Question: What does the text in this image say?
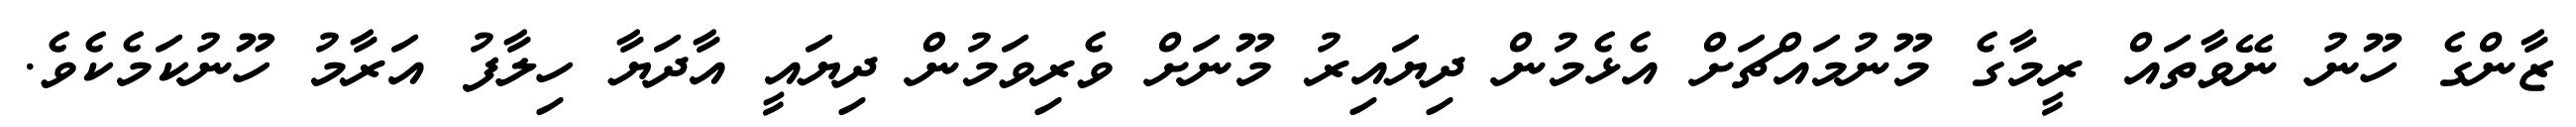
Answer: ޒާންގެ ހޫނު ނޭވާތައް ރީމާގެ މޫނުމައްޗަށް އެޅެމުން ދިޔައިރު މޫނަށް ވެރިވަމުން ދިޔައީ އާދަޔާ ހިލާފު އަރާމު ހޫނުކަމެކެވެ.